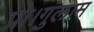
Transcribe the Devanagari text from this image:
प्रो।गुलाम